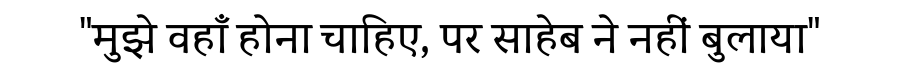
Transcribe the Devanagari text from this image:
"मुझे वहाँ होना चाहिए, पर साहेब ने नहीं बुलाया"